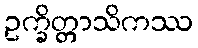
ဥက္ခိတ္တာသိကဿ